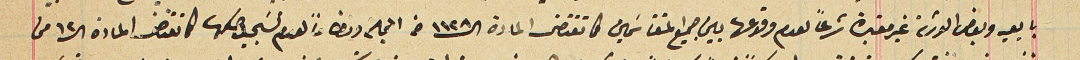
بايعيه وبعض الورثة غير معتبرة شرعاً لعدم وقوعها بين جميع المتقاسمين في مقتضى المادة ال ١١٢٨ من المجلة دون ولعدم تسجيل صكها كما تقتضى المادة ال ١٢ من